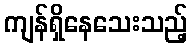
ကျန်ရှိနေသေးသည့်